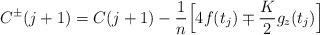
LaTeX: \begin{align*}C^\pm(j+1)= C(j+1)-\frac{1}{n}\Bigl[4f(t_{j})\mp \frac K2g_z(t_{j})\Bigr]\end{align*}